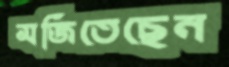
মজিতেছেন